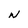
Character: N